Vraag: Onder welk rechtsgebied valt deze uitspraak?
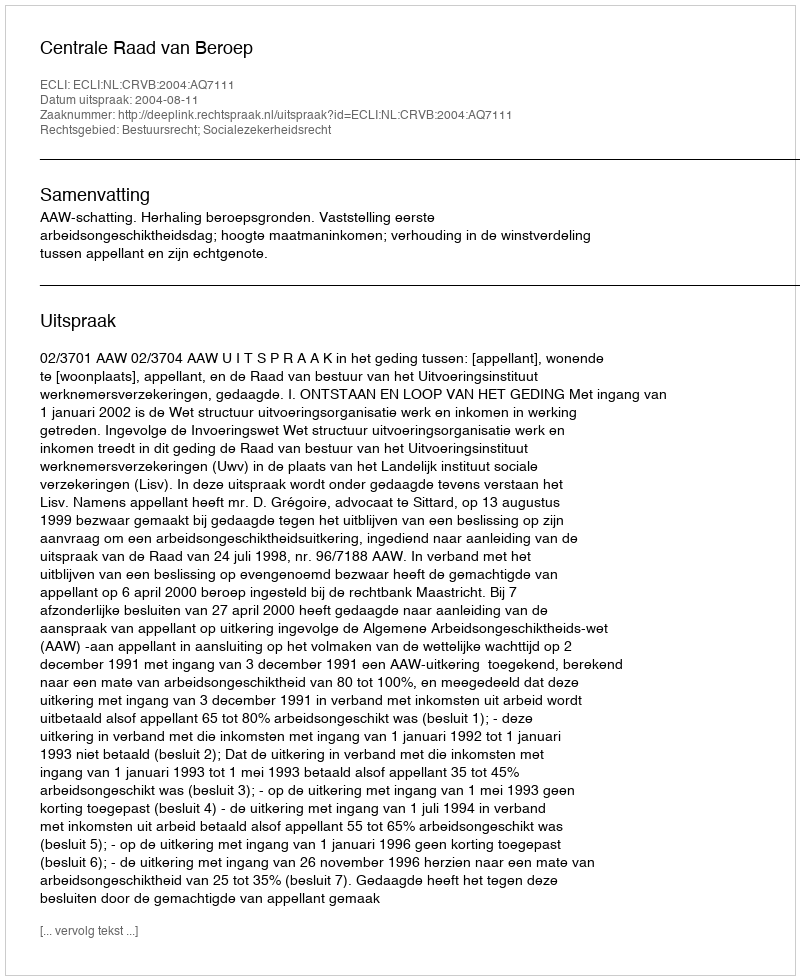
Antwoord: Bestuursrecht; Socialezekerheidsrecht